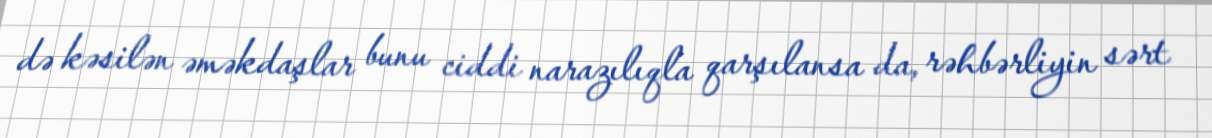
də kəsilən əməkdaşlar bunu ciddi narazılıqla qarşılansa da, rəhbərliyin sərt